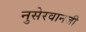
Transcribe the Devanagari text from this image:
नुसेरवानजी